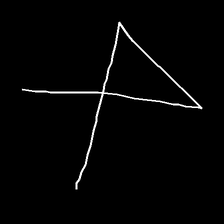
Glyph: collection